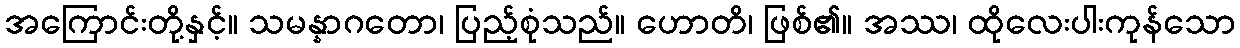
အကြောင်းတို့နှင့်။ သမန္နာဂတော၊ ပြည့်စုံသည်။ ဟောတိ၊ ဖြစ်၏။ အဿ၊ ထိုလေးပါးကုန်သော